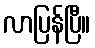
လာပြန်ပြီ။